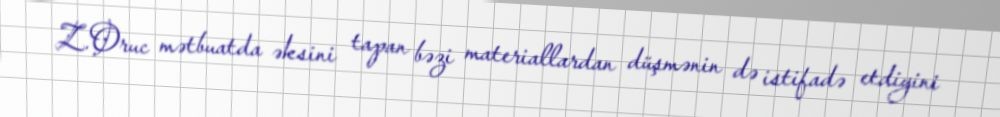
Z.Oruc mətbuatda əksini tapan bəzi materiallardan düşmənin də istifadə etdiyini